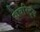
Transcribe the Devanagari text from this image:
फेवरिट्स